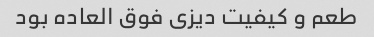
طعم و کیفیت دیزی فوق العاده بود